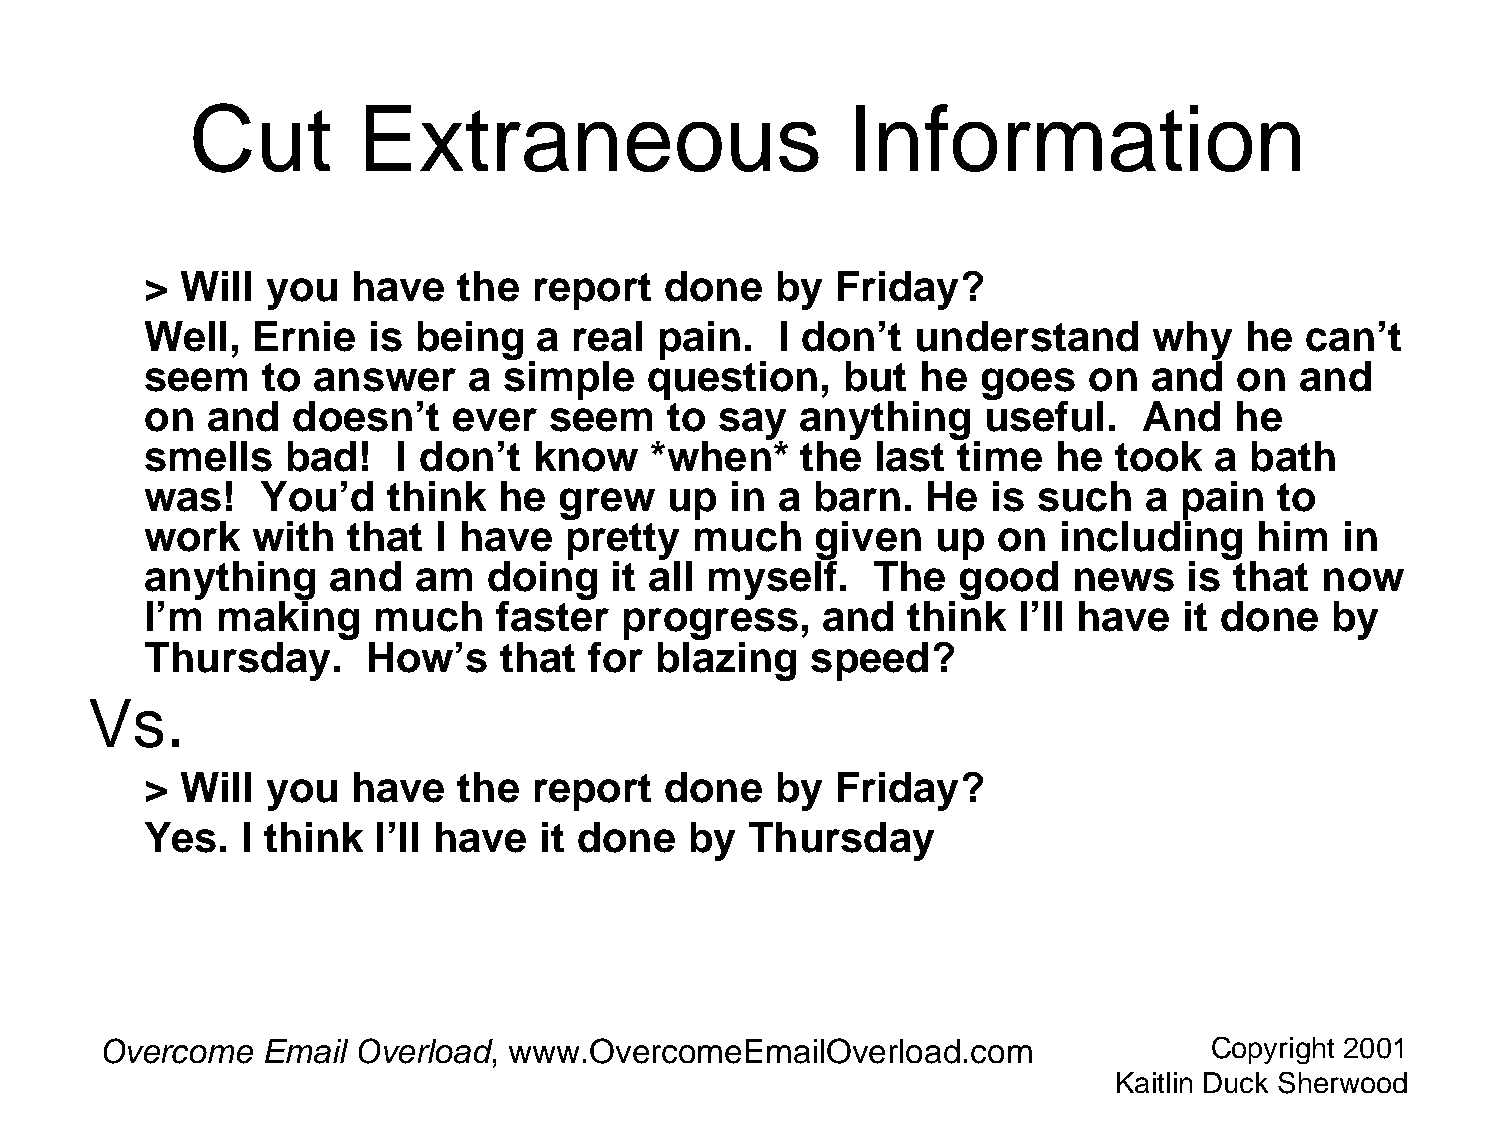
Cut        Extraneous                      Information
 > Will  you  have   the  report   done   by  Friday?
 Well,  Ernie   is being   a real  pain.   I don’t  understand     why   he  can’t
 seem   to  answer    a simple    question,    but  he  goes   on  and   on  and
 on  and  doesn’t    ever  seem    to  say  anything    useful.    And   he
 smells   bad!   I don’t  know    *when*    the  last  time  he  took   a bath
 was!   You’d    think  he  grew   up  in  a barn.  He   is such   a pain   to
 work   with  that  I have   pretty  much    given   up  on  including    him   in
 anything    and   am  doing    it all myself.   The   good   news    is that  now
 I’m making     much    faster  progress,     and  think   I’ll have it done   by
 Thursday.     How’s    that  for blazing    speed?
 Vs.
 > Will  you  have   the  report   done   by  Friday?
 Yes.  I think  I’ll have  it done   by  Thursday
 Overcome  Email  Overload, www.OvercomeEmailOverload.com                 Copyright 2001
 Kaitlin Duck Sherwood